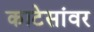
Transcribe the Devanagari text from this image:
काटेसांवर